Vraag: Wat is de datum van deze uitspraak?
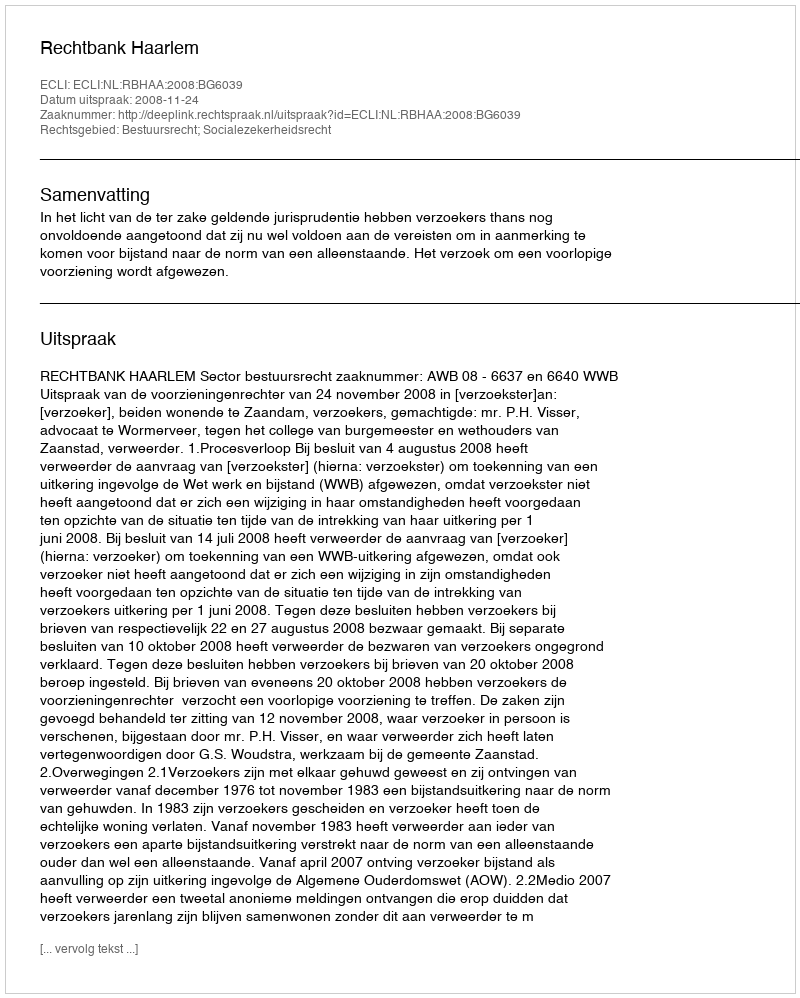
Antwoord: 2008-11-24